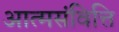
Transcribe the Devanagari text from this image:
आत्मसंवित्ति